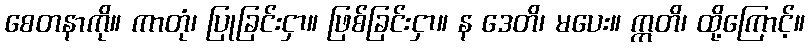
စေတနာကို။ ကာတုံ၊ ပြုခြင်းငှာ။ ဖြစ်ခြင်းငှာ။ န ဒေတိ၊ မပေး။ ဣတိ၊ ထို့ကြောင့်။